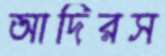
আদিরস